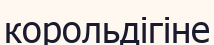
корольдігіне